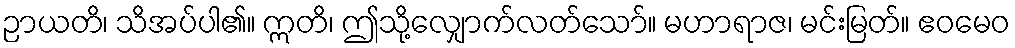
ဉာယတိ၊ သိအပ်ပါ၏။ ဣတိ၊ ဤသို့လျှောက်လတ်သော်။ မဟာရာဇ၊ မင်းမြတ်။ ဧဝမေဝ